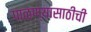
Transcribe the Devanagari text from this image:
पाळण्यासाठीची